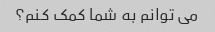
می توانم به شما کمک کنم؟